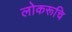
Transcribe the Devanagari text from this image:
लोकरूचि